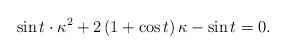
LaTeX: \begin{align*}\sin{t} \cdot \kappa^2 +2 \left( 1 + \cos{t} \right) \kappa - \sin{t} =0.\end{align*}